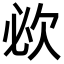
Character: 𣢠